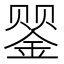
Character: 𲇑